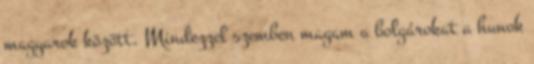
magyarok között. Mindezzel szemben magam a bolgárokat a hunok